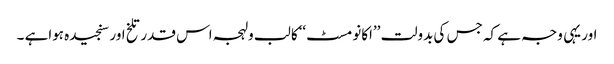
اور یہی وجہ ہے کہ جس کی بدولت ’’اکانومسٹ‘‘کا لب ولہجہ اس قدر تلخ اور سنجیدہ ہواہے ۔